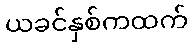
ယခင်နှစ်ကထက်